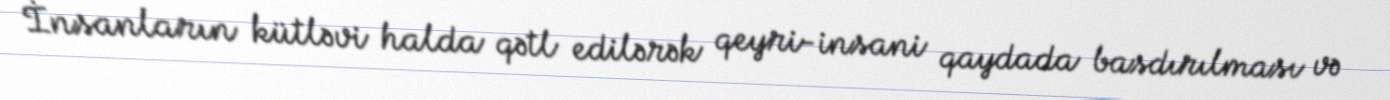
İnsanların kütləvi halda qətl edilərək qeyri-insani qaydada basdırılması və